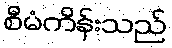
စီမံကိန်းသည်